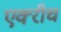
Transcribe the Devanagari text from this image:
एक्‍रीच